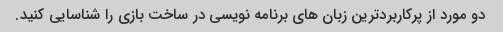
دو مورد از پرکاربردترین زبان های برنامه نویسی در ساخت بازی را شناسایی کنید.